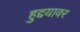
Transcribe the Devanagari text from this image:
हुद्दयावर